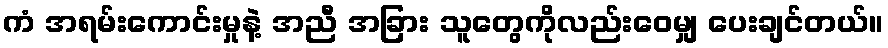
ကံ အရမ်းကောင်းမှုနဲ့ အညီ အခြား သူတွေကိုလည်းဝေမျှ ပေးချင်တယ်။